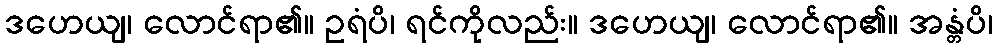
ဒဟေယျ၊ လောင်ရာ၏။ ဥရံပိ၊ ရင်ကိုလည်း။ ဒဟေယျ၊ လောင်ရာ၏။ အန္တံပိ၊